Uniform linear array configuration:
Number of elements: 8
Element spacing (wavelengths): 0.25
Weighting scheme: uniform
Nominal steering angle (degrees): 45
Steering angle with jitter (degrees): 45.943
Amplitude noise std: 0.05
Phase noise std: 0.05

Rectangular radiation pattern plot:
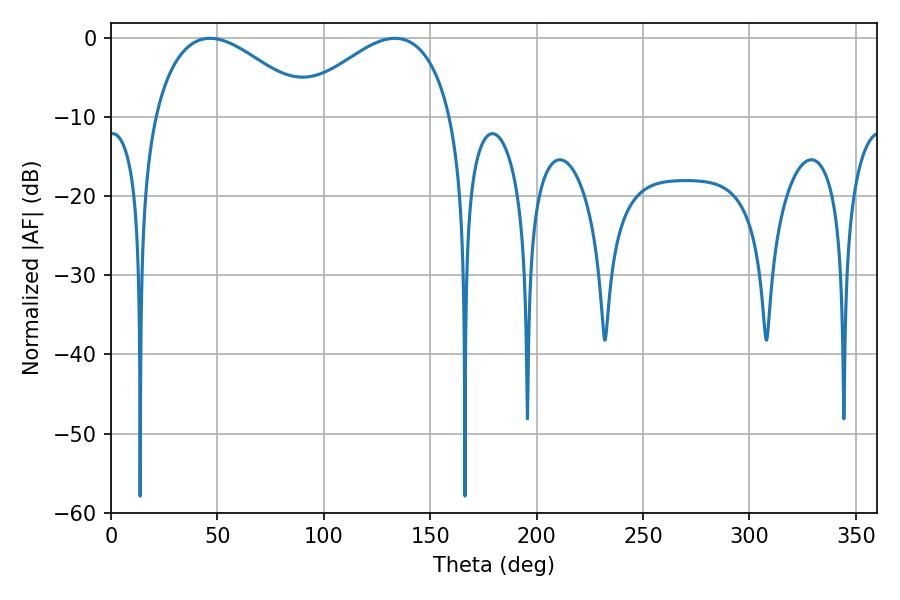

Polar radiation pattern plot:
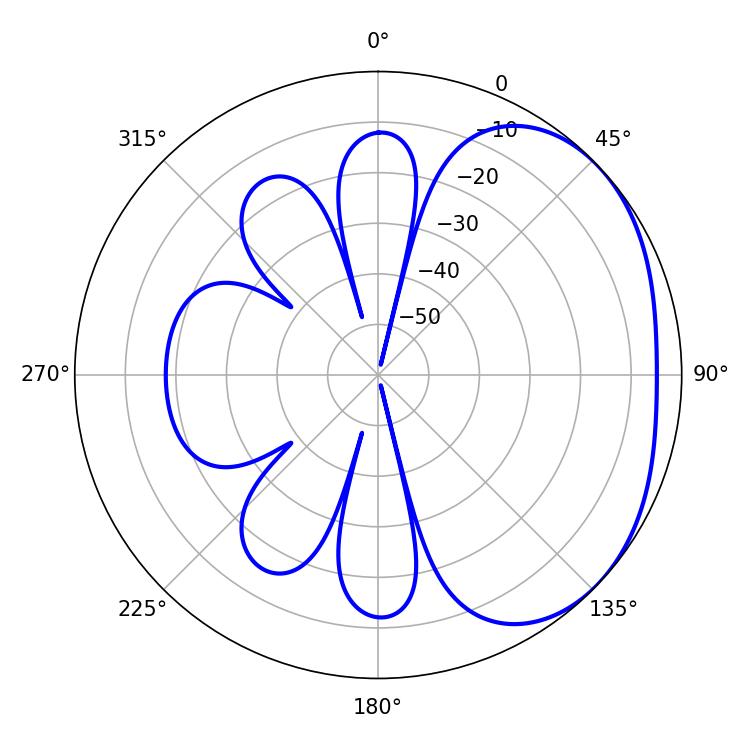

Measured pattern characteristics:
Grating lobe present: FALSE
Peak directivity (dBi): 2.514
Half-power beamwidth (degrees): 40.5
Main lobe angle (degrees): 46.62